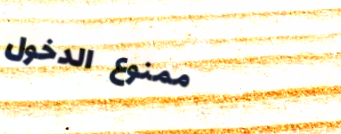
ممنوع الدخول